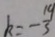
k = - \frac { 1 9 } { 3 }